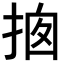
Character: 𢭇